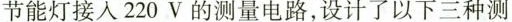
节能灯接入220V的测量电路，设计了以下三种测